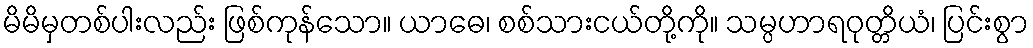
မိမိမှတစ်ပါးလည်း ဖြစ်ကုန်သော။ ယာဓေ၊ စစ်သားငယ်တို့ကို။ သမ္ပဟာရဝုတ္တိယံ၊ ပြင်းစွာ